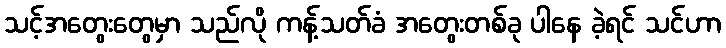
သင့်အတွေးတွေမှာ သည်လို ကန့်သတ်ခံ အတွေးတစ်ခု ပါနေ ခဲ့ရင် သင်ဟာ